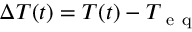
\Delta T ( t ) = T ( t ) - T _ { \mathrm { ~ e ~ q ~ } }